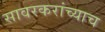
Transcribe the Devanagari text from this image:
सावरकरांच्याच